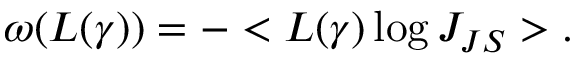
\omega ( L ( \gamma ) ) = - < L ( \gamma ) \log J _ { J S } > .